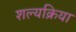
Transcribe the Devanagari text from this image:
शल्‍यक्रिया